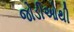
જોડીઓથી